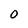
Character: O